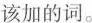
该加的词。